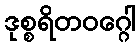
ဒုစ္စရိတဝဂ္ဂေါ